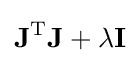
\mathbf {J} ^{\mathrm {T} }\mathbf {J} +\lambda \mathbf {I}